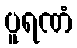
ပူရဏံ